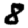
Digit: 8